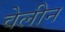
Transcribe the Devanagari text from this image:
वेलीन